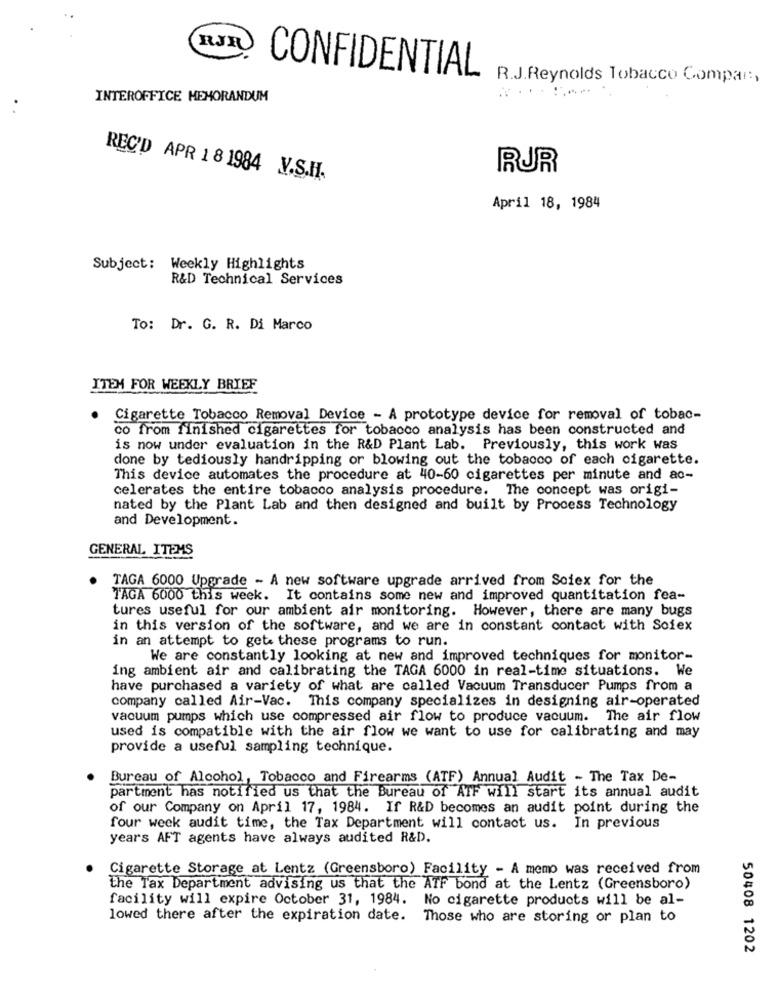
RJR
CONFIDENTIAL
R.J.Reynolds Tobacco Compar :,
INTEROFFICE MEMORANDUM
RUR
REC'D APR 1 8 1984 V.S.H.
April 18, 1984
Subject: Weekly Highlights
R&D Technical Services
To: Dr. G. R. Di Marco
ITEM FOR WEEKLY BRIEF
Cigarette Tobacco Removal Device - A prototype device for removal of tobac-
co from finished cigarettes for tobacco analysis has been constructed and
is now under evaluation in the R&D Plant Lab. Previously, this work was
done by tediously handripping or blowing out the tobacco of each cigarette.
This device automates the procedure at 40-60 cigarettes per minute and ac-
celerates the entire tobacco analysis procedure. The concept was origi-
nated by the Plant Lab and then designed and built by Process Technology
and Development.
GENERAL ITEMS
TAGA 6000 Upgrade - A new software upgrade arrived from Soiex for the
TAGA 6000 this week. It contains some new and improved quantitation fea-
tures useful for our ambient air monitoring. However, there are many bugs
in this version of the software, and we are in constant contact with Soiex
in an attempt to get these programs to run.
We are constantly looking at new and improved techniques for monitor-
ing ambient air and calibrating the TAGA 6000 in real-time situations. We
have purchased a variety of what are called Vacuum Transducer Pumps from a
company called Air-Vac. This company specializes in designing air-operated
vacuum pumps which use compressed air flow to produce vacuum. The air flow
used is compatible with the air flow we want to use for calibrating and may
provide a useful sampling technique.
Bureau of Alcohol, Tobacco and Firearms (ATF) Annual Audit - The Tax De-
partment has notified us that the Bureau of ATF will start its annual audit
of our Company on April 17, 1984. If R&D becomes an audit point during the
four week audit time, the Tax Department will contact us. In previous
years AFT agents have always audited R&D.
Cigarette Storage at Lentz (Greensboro) Facility - A memo was received from
the Tax Department advising us that the ATF bond at the Lentz (Greensboro)
facility will expire October 31, 1984. No cigarette products will be al-
lowed there after the expiration date. Those who are storing or plan to
50408 1202